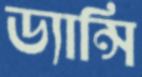
ড্যান্সি